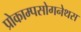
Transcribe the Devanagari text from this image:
प्रोकाम्‍पसोगनेथस